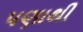
પણાથી